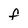
Character: F